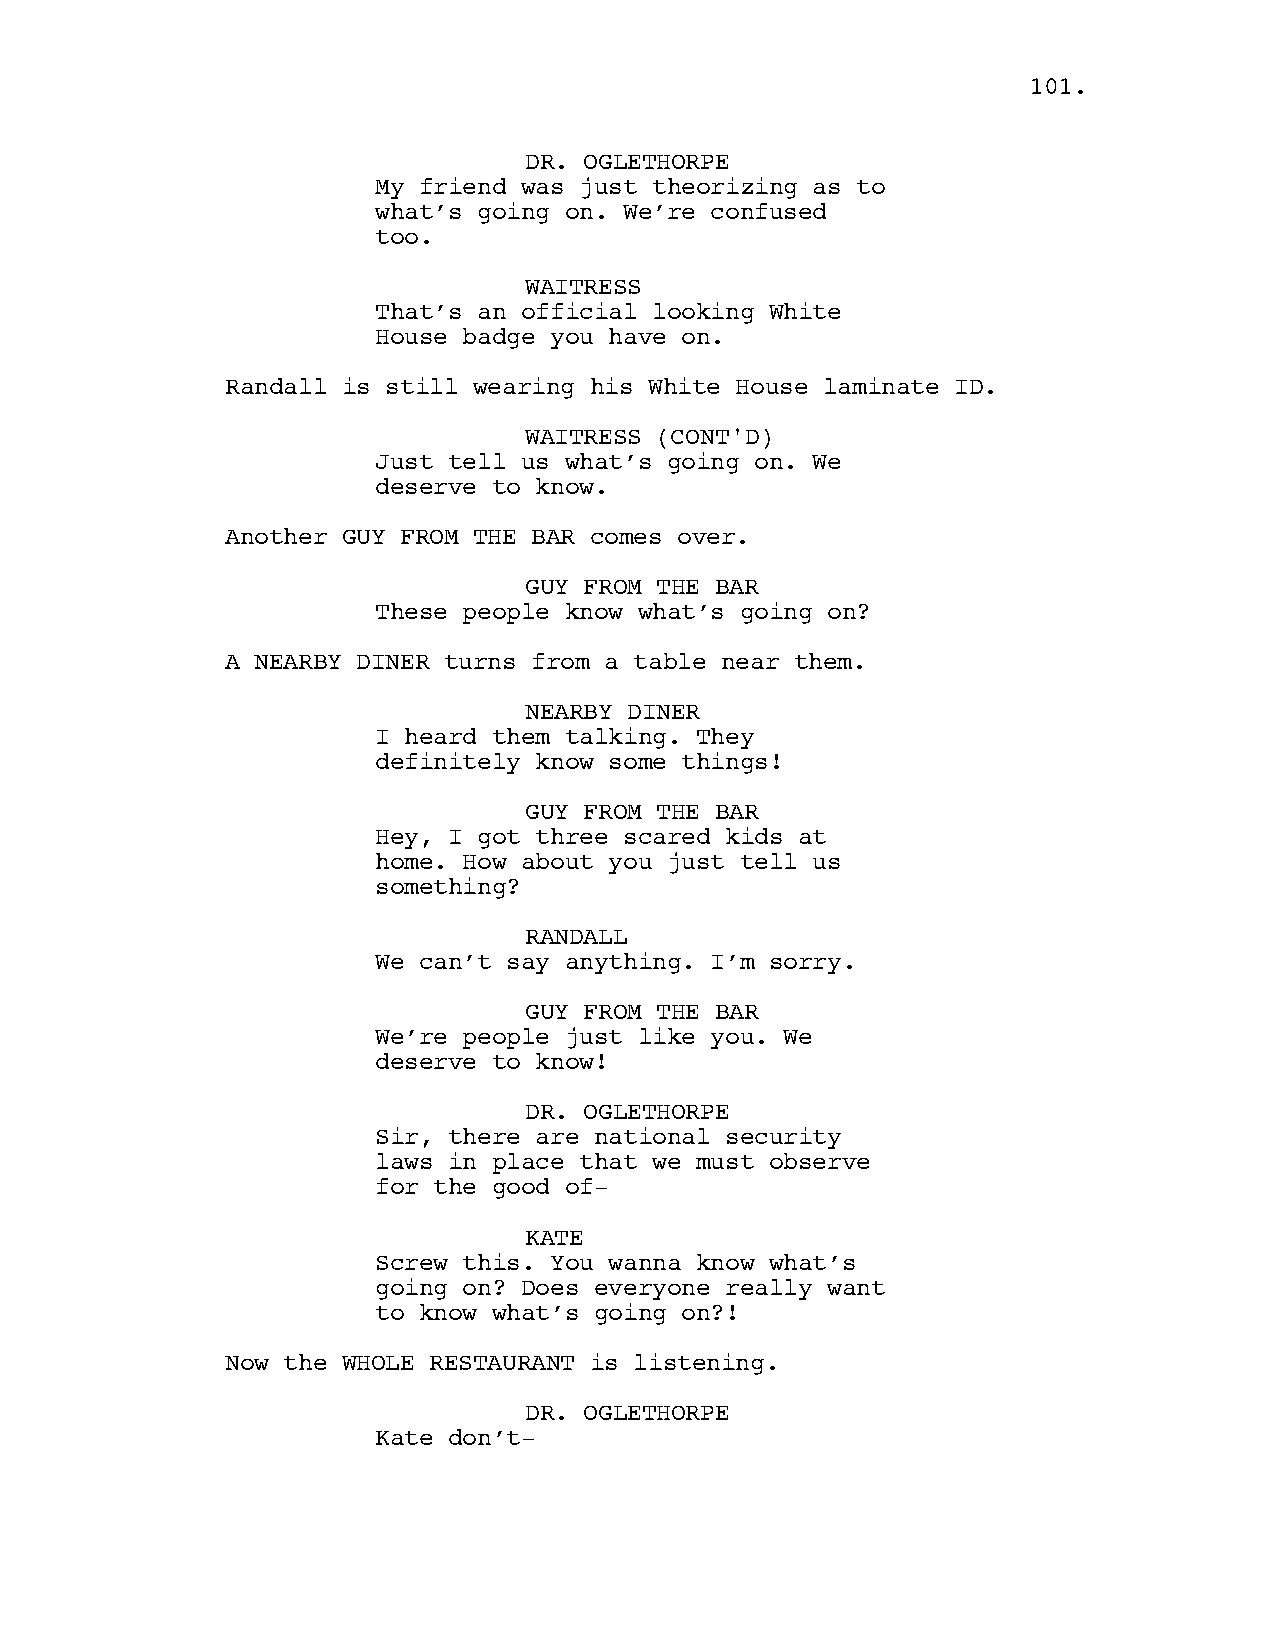
110011..
 DR. OGLETHORPE
 My friend was just theorizing as to
 what’s going on. We’re confused
 too.
 WAITRESS
 That’s an official looking White
 House badge you have on.
 Randall is still wearing his White House laminate ID.
 WAITRESS (CONT'D)
 Just tell us what’s going on. We
 deserve to know.
 Another GUY FROM THE BAR comes over.
 GUY FROM THE BAR
 These people know what’s going on?
 A NEARBY DINER turns from a table near them.
 NEARBY DINER
 I heard them talking. They
 definitely know some things!
 GUY FROM THE BAR
 Hey, I got three scared kids at
 home. How about you just tell us
 something?
 RANDALL
 We can’t say anything. I’m sorry.
 GUY FROM THE BAR
 We’re people just like you. We
 deserve to know!
 DR. OGLETHORPE
 Sir, there are national security
 laws in place that we must observe
 for the good of-
 KATE
 Screw this. You wanna know what’s
 going on? Does everyone really want
 to know what’s going on?!
 Now the WHOLE RESTAURANT is listening.
 DR. OGLETHORPE
 Kate don’t-